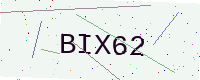
Text: BIX62